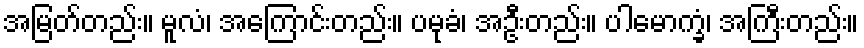
အမြတ်တည်း။ မူလံ၊ အကြောင်းတည်း။ ပမုခံ၊ အဦးတည်း။ ပါမောက္ခံ၊ အကြီးတည်း။